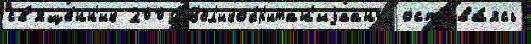
св'яще́нн'ик 2009 В'ел'икобр'итан'иjаангл остава́ясь